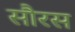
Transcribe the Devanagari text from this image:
सौरस